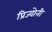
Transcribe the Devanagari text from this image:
प्रिज्योनी